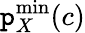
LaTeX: \mathtt{p}_{X}^{\mathrm{{min}}}(c)